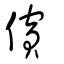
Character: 儐